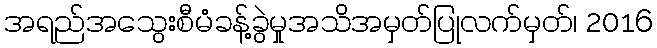
အရည်အသွေးစီမံခန့်ခွဲမှုအသိအမှတ်ပြုလက်မှတ်၊ 2016